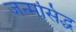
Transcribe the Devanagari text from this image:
जन्‍मसिद्ध